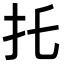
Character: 𢩺